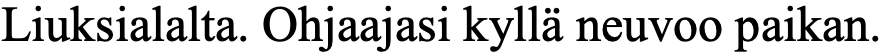
Liuksialalta. Ohjaajasi kyllä neuvoo paikan.